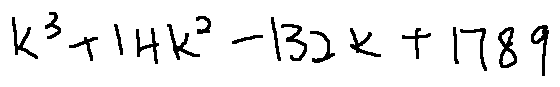
k ^ { 3 } + 1 4 k ^ { 2 } - 1 3 2 k + 1 7 8 9